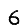
Digit: 6